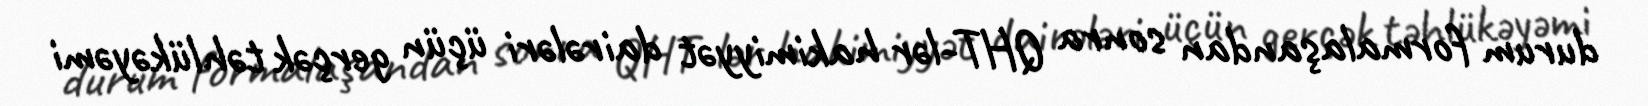
durum formalaşandan sonra QHT-lər hakimiyyət dairələri üçün gerçək təhlükəyəmi